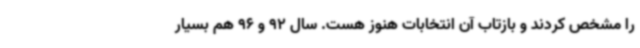
را مشخص کردند و بازتاب آن انتخابات هنوز هست. سال 92 و 96 هم بسیار